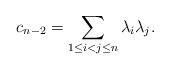
LaTeX: \begin{align*} c_{n-2} = \sum_{1 \leq i < j \leq n} \lambda_i \lambda_j.\end{align*}